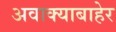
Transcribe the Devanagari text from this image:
अवाक्याबाहेर